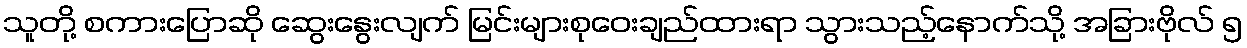
သူတို့ စကားပြောဆို ဆွေးနွေးလျက် မြင်းများစုဝေးချည်ထားရာ သွားသည့်နောက်သို့ အခြားဗိုလ် ၅